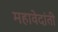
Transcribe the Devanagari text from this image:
महावेदांती